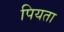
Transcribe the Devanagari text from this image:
पियता